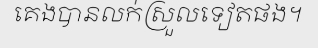
គេងបានលក់ស្រួលទៀតផង។